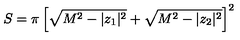
S = \pi \left[ \sqrt { M ^ { 2 } - | z _ { 1 } | ^ { 2 } } + \sqrt { M ^ { 2 } - | z _ { 2 } | ^ { 2 } } \right] ^ { 2 }